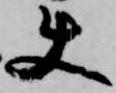
使